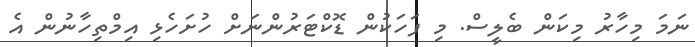
ނަމަ މިހާރު މިކަން ބެލީސް. މި ފަހަކުން ޑޮކްޓަރުންނަށް ހުށަހެޅި އިމްތިހާނުން އެ